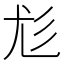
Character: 尨